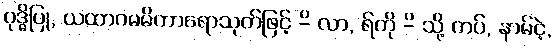
ဝုဒ္ဓိပြု, ယထာဂမမိကာရောသုတ်ဖြင့် -ိ လာ, ရ်ကို -ိ သို့ ကပ်, နာမ်ငဲ့,